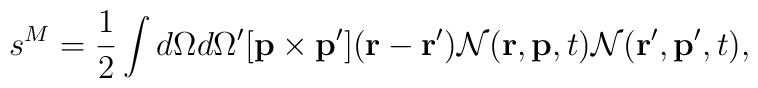
s^M={1\over 2}\int d\Omega d\Omega^\prime[{\bf p}\times{\bf p}^\prime]({\bf r}-{\bf r}^\prime){\cal N}({\bf r},{\bf p},t){\cal N}({\bf r}^\prime,{\bf p}^\prime,t),